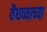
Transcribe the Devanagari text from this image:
वैधव्याच्या